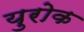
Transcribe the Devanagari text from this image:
युरोक